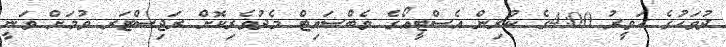
ދުވަހުގެ ހަވީރު 4:00ގެ ކުރިން އެސްޓީއޯގެ ވެބްސައިޓް މެދުވެރިކޮށް ރަޖިސްޓަރ ވުމަށް ވަނީ